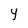
Character: y